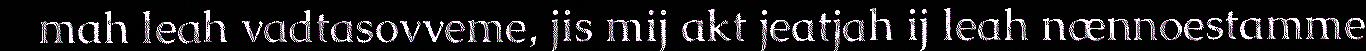
mah leah vadtasovveme, jis mij akt jeatjah ij leah nænnoestamme